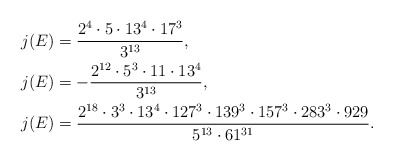
\begin{align*}j(E) & = \frac{2^4 \cdot 5 \cdot 13^4 \cdot 17^3}{3^{13}},\\j(E) & = -\frac{2^{12} \cdot 5^3 \cdot 11 \cdot 13^4}{3^{13}}, \\j(E) & = \frac{2^{18} \cdot 3^3 \cdot 13^4 \cdot 127^3 \cdot 139^3 \cdot 157^3 \cdot 283^3 \cdot 929}{5^{13} \cdot 61^{31}}.\end{align*}